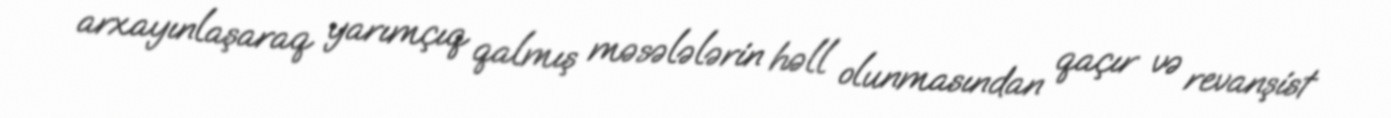
arxayınlaşaraq yarımçıq qalmış məsələlərin həll olunmasından qaçır və revanşist